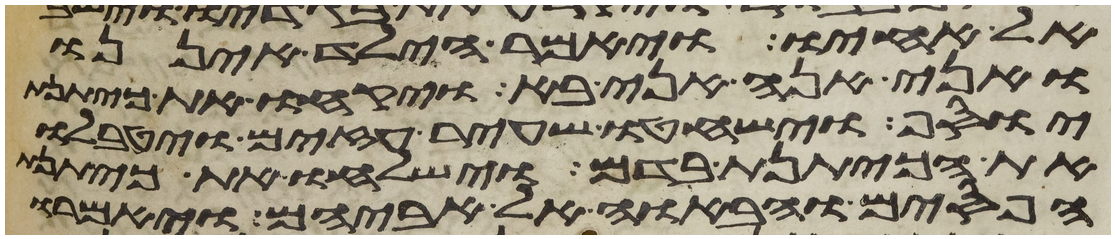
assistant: אל אחיו ויאמר הילד איננו
ואני הנה אני בא ויקחו את כיתנת
יוסף וישחטו שעיר עזים ויטבלו
את הכיתנת בדם וישלחו את כיתנת
הפסים ויביאו אל אביהם ויאמרו